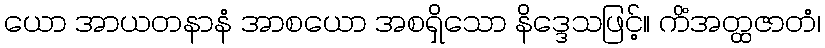
ယော အာယတနာနံ အာစယော အစရှိသော နိဒ္ဒေသဖြင့်။ ကိံအတ္ထဇာတံ၊